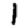
Digit: 1